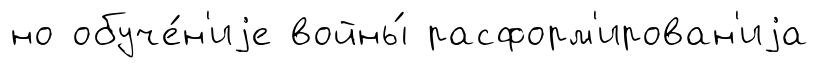
но обуче́н'иjе войны́ расформ'ирован'иjа